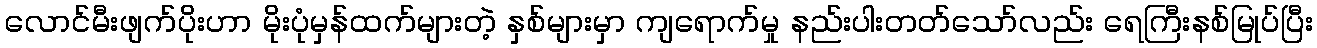
လောင်မီးဖျက်ပိုးဟာ မိုးပုံမှန်ထက်များတဲ့ နှစ်များမှာ ကျရောက်မှု နည်းပါးတတ်သော်လည်း ရေကြီးနစ်မြုပ်ပြီး